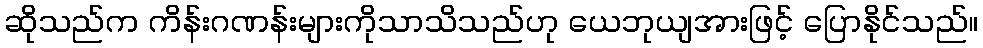
ဆိုသည်က ကိန်းဂဏန်းများကိုသာသိသည်ဟု ယေဘုယျအားဖြင့် ပြောနိုင်သည်။